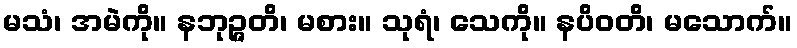
မသံ၊ အမဲကို။ နဘုဉ္ဇတိ၊ မစား။ သုရံ၊ သေကို။ နပိဝတိ၊ မသောက်။